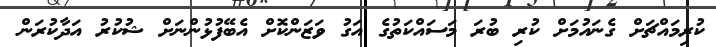
ކުރިމައްޗަށް ގެނައުމަށް ކުރި ބުރަ މަސައްކަތުގެ އަގު ވަޒަންކޮށް އެބޭފުޅުންނަށް ޝުކުރު އަދާކުރަން